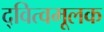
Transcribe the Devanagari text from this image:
द्‍वित्वमूलक